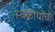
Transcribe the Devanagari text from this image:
स्वकीयांचा